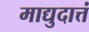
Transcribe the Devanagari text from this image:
माद्युदात्तं